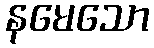
နမေသော